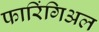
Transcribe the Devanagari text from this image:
फारिंगिअल